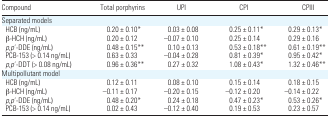
<table><thead><tr><td><b>Compound</b></td><td><b>Total porphyrins</b></td><td><b>UPI</b></td><td><b>CPI</b></td><td><b>CPIII</b></td></tr></thead><tbody><tr><td colspan="5">Separated models</td></tr><tr><td> HCB (ng/mL)</td><td>0.20 ± 0.10*</td><td>0.03 ± 0.08</td><td>0.25 ± 0.11*</td><td>0.29 ± 0.13*</td></tr><tr><td> β-HCH (ng/mL)</td><td>0.20 ± 0.12</td><td>−0.07 ± 0.10</td><td>0.25 ± 0.14</td><td>0.29 ± 0.16</td></tr><tr><td> <i>p</i>,<i>p</i>′-DDE (ng/mL)</td><td>0.48 ± 0.15**</td><td>0.10 ± 0.13</td><td>0.53 ± 0.18**</td><td>0.61 ± 0.19**</td></tr><tr><td> PCB-153 (&gt; 0.14 ng/mL)</td><td>0.63 ± 0.33</td><td>−0.04 ± 0.28</td><td>0.81 ± 0.39*</td><td>0.95 ± 0.42*</td></tr><tr><td> <i>p</i>,<i>p</i>′-DDT (&gt; 0.08 ng/mL)</td><td>0.96 ± 0.36**</td><td>0.27 ± 0.32</td><td>1.08 ± 0.43*</td><td>1.32 ± 0.46**</td></tr><tr><td colspan="5">Multipollutant model</td></tr><tr><td> HCB (ng/mL)</td><td>0.12 ± 0.11</td><td>0.08 ± 0.10</td><td>0.15 ± 0.14</td><td>0.18 ± 0.15</td></tr><tr><td> β-HCH (ng/mL)</td><td>−0.11 ± 0.17</td><td>−0.20 ± 0.15</td><td>−0.12 ± 0.20</td><td>−0.14 ± 0.22</td></tr><tr><td> <i>p</i>,<i>p</i>′-DDE (ng/mL)</td><td>0.48 ± 0.20*</td><td>0.24 ± 0.18</td><td>0.47 ± 0.23*</td><td>0.53 ± 0.26*</td></tr><tr><td> PCB-153 (&gt; 0.14 ng/mL)</td><td>0.02 ± 0.43</td><td>−0.12 ± 0.40</td><td>0.19 ± 0.53</td><td>0.23 ± 0.57</td></tr></tbody></table>